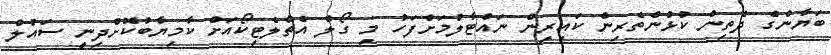
ބަޔާންގެ ދެތިން ކުޅުންތެރިން ކައިރިން ނައްޓާލުމަށްފަހު މި ގޯލް އެތްލެޓިކޯއަށް ކާމިޔާބުކޮށްދިނީ ސައުލް